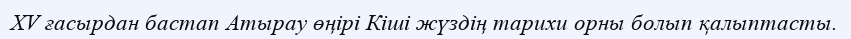
ХV ғасырдан бастап Атырау өңірі Кіші жүздің тарихи орны болып қалыптасты.